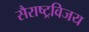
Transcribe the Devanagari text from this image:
सैराष्ट्रविजय